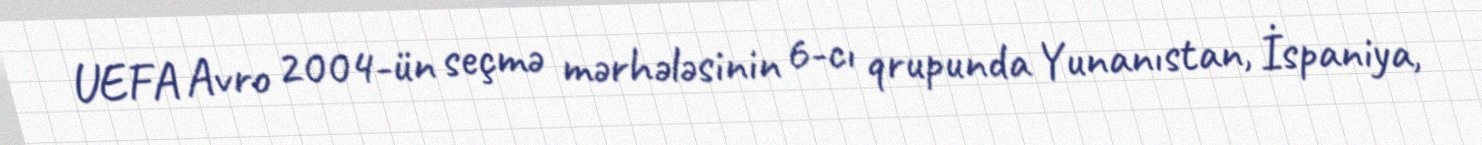
UEFA Avro 2004-ün seçmə mərhələsinin 6-cı qrupunda Yunanıstan, İspaniya,